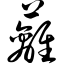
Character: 蓠